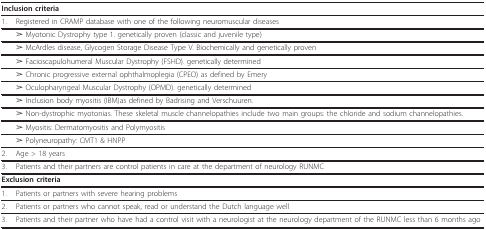
| <COLSPAN=2> Inclusion criteria |
 | --- | --- |
 | 1. | Registered in CRAMP database with one of the following neuromuscular diseases |
 |  | ➢ Myotonic Dystrophy type 1. genetically proven (classic and juvenile type) |
 |  | ➢ McArdles disease, Glycogen Storage Disease Type V. Biochemically and genetically proven |
 |  | ➢ Facioscapulohumeral Muscular Dystrophy (FSHD). genetically determined |
 |  | ➢ Chronic progressive external ophthalmoplegia (CPEO) as defined by Emery |
 |  | ➢ Oculopharyngeal Muscular Dystrophy (OPMD). genetically determined |
 |  | ➢ Inclusion body myositis (IBM)as defined by Badrising and Verschuuren. |
 |  | ➢ Non-dystrophic myotonias. These skeletal muscle channelopathies include two main groups: the chloride and sodium channelopathies. |
 |  | ➢ Myositis: Dermatomyositis and Polymyositis |
 |  | ➢ Polyneuropathy: CMT1 & HNPP |
 | 2. | Age > 18 years |
 | 3. | Patients and their partners are control patients in care at the department of neurology RUNMC |
 | <COLSPAN=2> Exclusion criteria |
 | 1. | Patients or partners with severe hearing problems |
 | 2. | Patients or partners who cannot speak, read or understand the Dutch language well |
 | 3. | Patients and their partner who have had a control visit with a neurologist at the neurology department of the RUNMC less than 6 months ago |